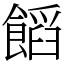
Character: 饀